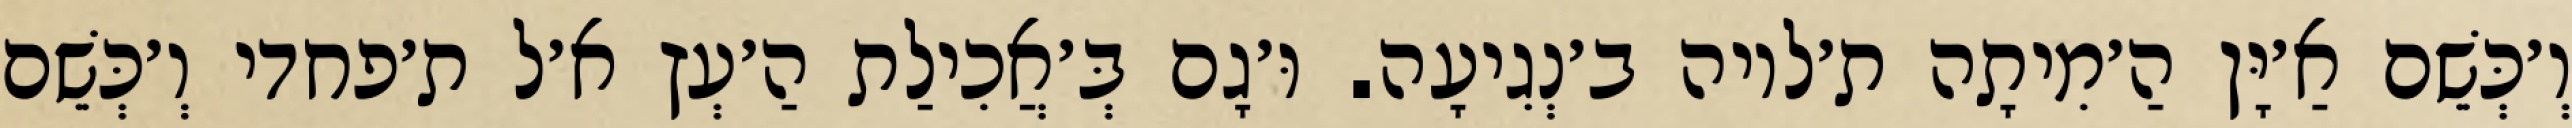
וְ׳כְּשֵׁם אַ׳יָּן הַ׳מִיתָה ת׳לויה ב׳נְגִיעָה. וּ׳גָם בְּ׳אֲכִילַת הַ׳עְץ א׳ל ת׳פחדי וְ׳כְּשֵׁם